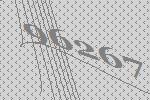
96267